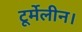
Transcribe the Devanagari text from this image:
टूर्मेलीन।